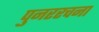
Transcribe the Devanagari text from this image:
पुनररचना